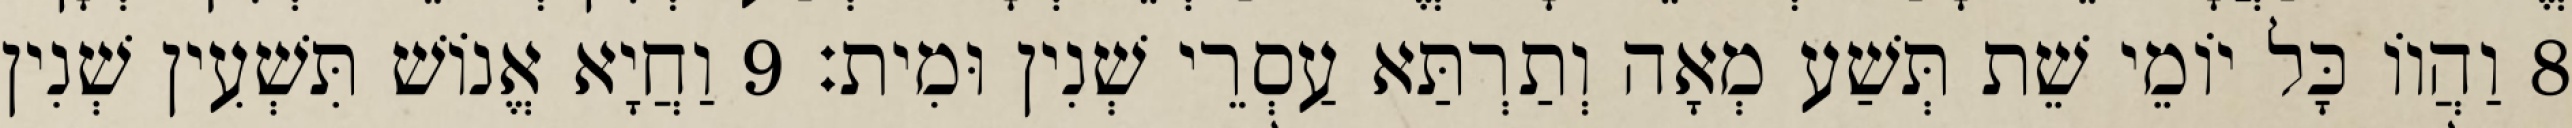
8 וַהֲווֹ כָּל יוֹמֵי שֵׁת תְּשַׁע מְאָה וְתַרְתַּא עַסְרֵי שְׁנִין וּמִית׃ 9 וַחֲיָא אֱנוֹשׁ תִּשְׁעִין שְׁנִין